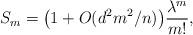
LaTeX: \begin{align*}S_m=\big(1+O(d^2m^2/n)\big)\frac{\lambda^m}{m!},\end{align*}